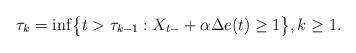
LaTeX: \begin{align*}\tau_k = \inf\bigl\{t> \tau_{k-1}: X_{t-} + \alpha\Delta e(t) \geq1 \bigr\}, k\geq1.\end{align*}